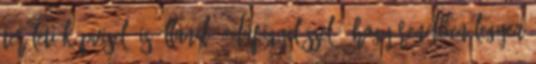
területi képviselő is állandó odafigyeléssel , hogy rendben legyen